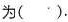
为（）.